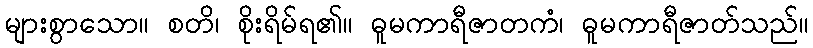
များစွာသော။ စတိ၊ စိုးရိမ်ရ၏။ ဓူမကာရီဇာတကံ၊ ဓူမကာရီဇာတ်သည်။